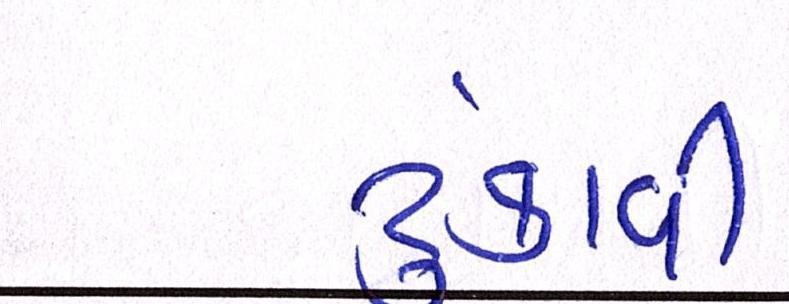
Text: ટુંકાવી